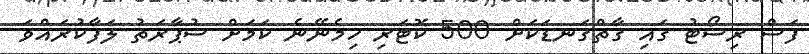
ފަސް ރިސޯޓު ގައި ގާތްގަނޑަކަށް 500 ކޮޓަރި ހިމެނޭނެ ކަމަށް ސުޕާރަތު ލަފާކުރައްވަ